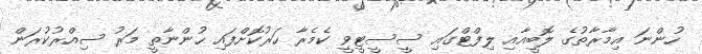
ހުންނަ އިމާރާތުގެ ލޮބީއާއި ލިފްޓްގައި ސީސީޓީވީ ކެމެރާ ހަރުކޮށްފައި ހުންނާތީ މަރު ސިއްރުކުރަން